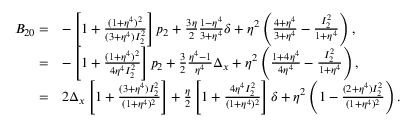
\begin{array} { r l } { B _ { 2 0 } = } & { - \left[ 1 + \frac { ( 1 + \eta ^ { 4 } ) ^ { 2 } } { ( 3 + \eta ^ { 4 } ) I _ { 2 } ^ { 2 } } \right] p _ { 2 } + \frac { 3 \eta } { 2 } \frac { 1 - \eta ^ { 4 } } { 3 + \eta ^ { 4 } } \delta + \eta ^ { 2 } \left( \frac { 4 + \eta ^ { 4 } } { 3 + \eta ^ { 4 } } - \frac { I _ { 2 } ^ { 2 } } { 1 + \eta ^ { 4 } } \right) , } \\ { = } & { - \left[ 1 + \frac { ( 1 + \eta ^ { 4 } ) ^ { 2 } } { 4 \eta ^ { 4 } I _ { 2 } ^ { 2 } } \right] p _ { 2 } + \frac { 3 } { 2 } \frac { \eta ^ { 4 } - 1 } { \eta ^ { 4 } } \Delta _ { x } + \eta ^ { 2 } \left( \frac { 1 + 4 \eta ^ { 4 } } { 4 \eta ^ { 4 } } - \frac { I _ { 2 } ^ { 2 } } { 1 + \eta ^ { 4 } } \right) , } \\ { = } & { 2 \Delta _ { x } \left[ 1 + \frac { ( 3 + \eta ^ { 4 } ) I _ { 2 } ^ { 2 } } { ( 1 + \eta ^ { 4 } ) ^ { 2 } } \right] + \frac { \eta } { 2 } \left[ 1 + \frac { 4 \eta ^ { 4 } I _ { 2 } ^ { 2 } } { ( 1 + \eta ^ { 4 } ) ^ { 2 } } \right] \delta + \eta ^ { 2 } \left( 1 - \frac { ( 2 + \eta ^ { 4 } ) I _ { 2 } ^ { 2 } } { ( 1 + \eta ^ { 4 } ) ^ { 2 } } \right) . } \end{array}